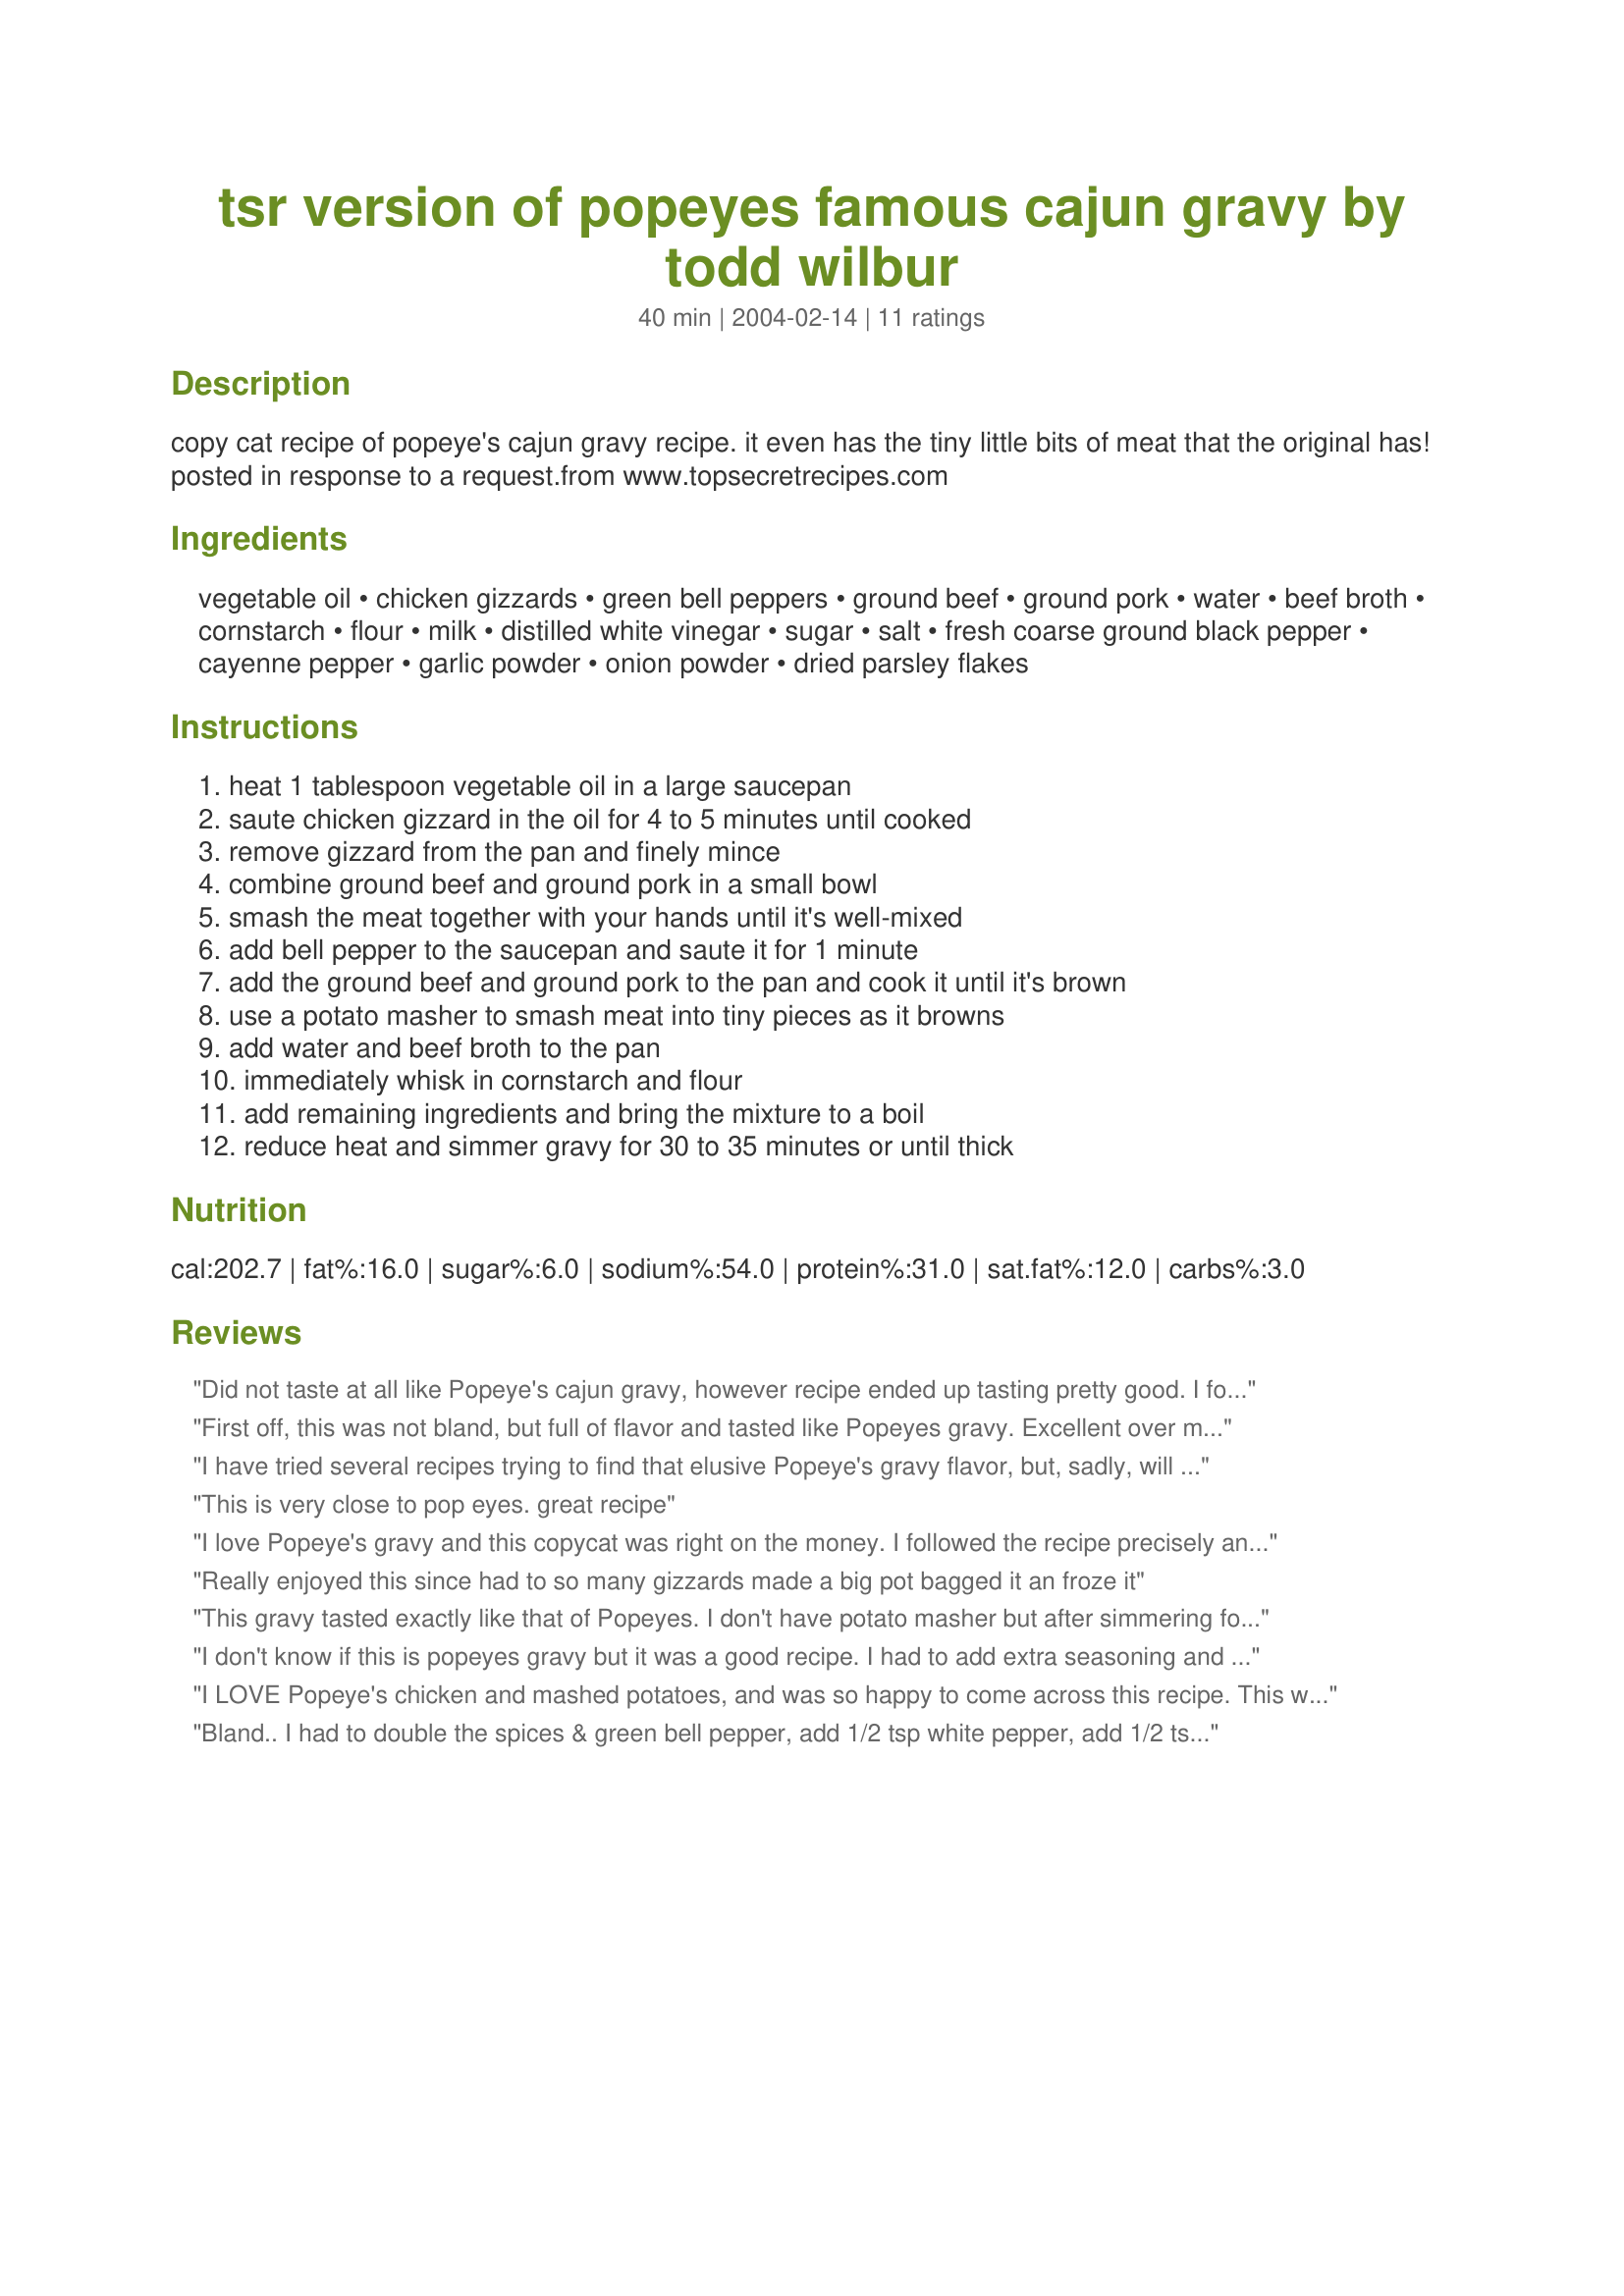
tsr version of popeyes famous cajun gravy by todd wilbur
Preparation time: 40 minutes

copy cat recipe of popeye's cajun gravy recipe. it even has the tiny little bits of meat that the original has! posted in response to a request.from www.topsecretrecipes.com

Ingredients:
vegetable oil, chicken gizzards, green bell peppers, ground beef, ground pork, water, beef broth, cornstarch, flour, milk, distilled white vinegar, sugar, salt, fresh coarse ground black pepper, cayenne pepper, garlic powder, onion powder, dried parsley flakes

Steps:
heat 1 tablespoon vegetable oil in a large saucepan, saute chicken gizzard in the oil for 4 to 5 minutes until cooked, remove gizzard from the pan and finely mince, combine ground beef and ground pork in a small bowl, smash the meat together with your hands until it's well-mixed, add bell pepper to the saucepan and saute it for 1 minute, add the ground beef and ground pork to the pan and cook it until it's brown, use a potato masher to smash meat into tiny pieces as it browns, add water and beef broth to the pan, immediately whisk in cornstarch and flour, add remaining ingredients and bring the mixture to a boil, reduce heat and simmer gravy for 30 to 35 minutes or until thick

Reviews:
Did not taste at all like Popeye's cajun gravy, however recipe ended up tasting pretty good. I found its flavor most similar to stuffed peppers.
First off, this was not bland, but full of flavor and tasted like Popeyes gravy. Excellent over mashed potatoes. Glad to be able to make this wonderful gravy at home.
I have tried several recipes trying to find that elusive Popeye's gravy flavor, but, sadly, will have to keep looking. Although this one was very similar in consistency and appearance, the flavor still tasted wayyyy different than what you get at Popeye's. Even though this recipe calls for a very small amount of vinegar, it overpowered the smell of the gravy. Before making the recipe, I purchased a small container of gravy from Popeye's so that I could compare the two side by side. When you take in the smell of the real Popeye's gravy, you smell the meat and the pepper and the spices. This recipe smelled nothing like the real thing. It is also quite a bit saltier than Popeye's, but that part could be adjusted by using low-sodium broth and either omitting the added salt or adjusting the amount to suit your taste. I am just so disappointed that I spent the money to buy the chicken gizzards and the ground pork and then still didn't turn out a final product that tasted like Popeye's. Oh well, my dog was thrilled to have the leftover meat.
This is very close to pop eyes. great recipe
I love Popeye's gravy and this copycat was right on the money. I followed the recipe precisely and got identical to resturant results. Instead of a using a potato masher to make the bits of meat very tiny, I removed the meat after browning and used a small tap chopper. It worked perfectly.

Since I had to buy a whole package of chicken gizzards and pound of ground pork anyways, I made several more batches to freeze. I was able to double the quantities with no problems. 

In case you are not aware, Popeyes gravy is a bit on the thin side. My wife like a thicker gravy, so I used corn starch to thicken up a smaller portion. It was a very good variation.
Really enjoyed this since had to so many gizzards made a big pot bagged<br/><br/> it an froze it
This gravy tasted exactly like that of Popeyes. I don't have potato masher but after simmering for 30 minutes, the meat are soft enough to be smashed with a fork. Thanks for the recipe!
I don't know if this is popeyes gravy but it was a good recipe. I had to add extra seasoning and salt to mines. I think I can go without the gizzards next time. I had a strong taste to it that I didn't like too much.
I LOVE Popeye's chicken and mashed potatoes, and was so happy to come across this recipe. This was pretty close to what I buy at the restaurant! I really liked that the seasonings weren't overwhelming, and everything balanced out really well. I didn't have any ground beef/pork thawed, so I left that out. I think that would contribute to give the recipe the depth of flavor that it seemed to be lacking- and the only reason this got 4 stars instead of 5. I will definitely make this again with the beef and pork combo, and may substitute additional beef or chicken broth for the water and adjust the salt accordingly. I didn't have the time for homemade mashed potatoes, and only had generic boxed mix on hand- I think that also had soemthing to do with it. Made this with some oven-fried chicken thighs that I sprinkled with Popeye's Cajun Sparkle Recipe #1806882 and some herbed corn on the cob. Made a great meal-thanks for posting!
Bland..

I had to double the spices & green bell pepper, add 1/2 tsp white pepper, add 1/2 tsp cumin and add about 1/4 tsp chicken better than bullion to get this tasting somewhat close to the chain recipe.

I'm pretty please with end result, but this recipe as is isn't the real deal even though I followed it to the T.
This was the closest clone recipe I have ever attempted. The person that rated this as bland must have made a mistake. &lt;br/&gt;&lt;br/&gt;I made this exactly as the recipe directed. I then purchased some mashed potatoes and gravy from Popeye&#039;s and did a taste test. Extremely close. So close that without a side-by-side comparison you can&#039;t tell the difference. &lt;br/&gt;&lt;br/&gt;Some suggestions to make it even closer. &lt;br/&gt;&lt;br/&gt;Taste - this is slightly saltier, hotter and has less chicken flavor than Popeye&#039;s. I suggest using low sodium broth and salting to taste. Use ever so slightly less cayenne. Also add one or two tablespoons chicken base to up the chicken flavor.&lt;br/&gt;&lt;br/&gt;Consistency - Popeye&#039;s gravy is thin. This recipe is even thinner as directed. I chose to up the simmer time in future attempts to get the desired consistency. &lt;br/&gt;&lt;br/&gt;Wildcard - There is a subtle flavor in the original that I can&#039;t copy. I originally thought it was a shellfish base but I added some clam juice to a recipe and it wasn&#039;t that. I finally gave up without success.&lt;br/&gt;&lt;br/&gt;Except for the wildcard flavor this is a fantastic recipe. I make extra and use it as my gravy with all chicken recipes.
